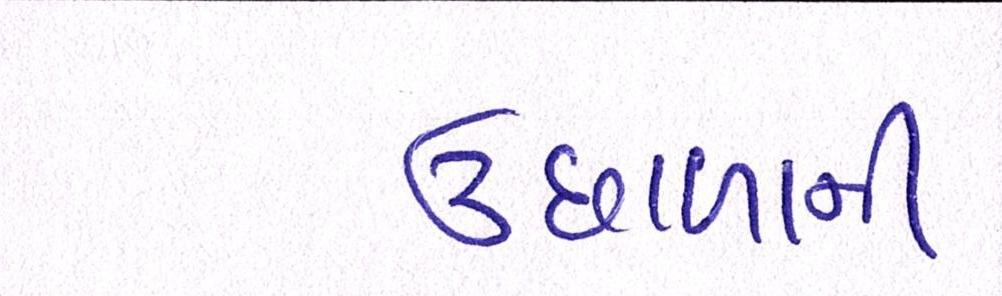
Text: ઉછાળાની